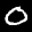
Label: 0